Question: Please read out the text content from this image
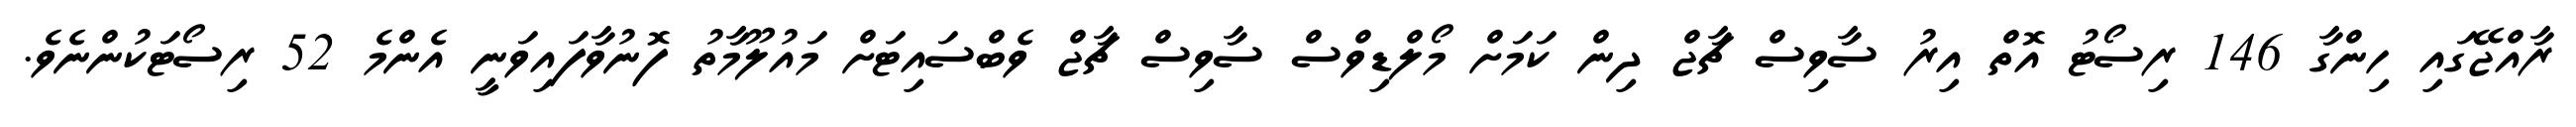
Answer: ރާއްޖޭގައި ހިންގާ 146 ރިސޯޓު އޮތް އިރު ސާވިސް ޗާޖް ދިން ކަމަށް މޯލްޑިވްސް ސާވިސް ޗާޖް ވެބްސައިޓަށް މައުލޫމާތު ފޮނުވާފައިވަނީ އެންމެ 52 ރިސޯޓަކުންނެވެ.